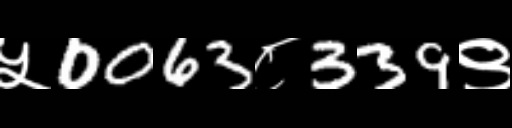
Text: ५0063८339९